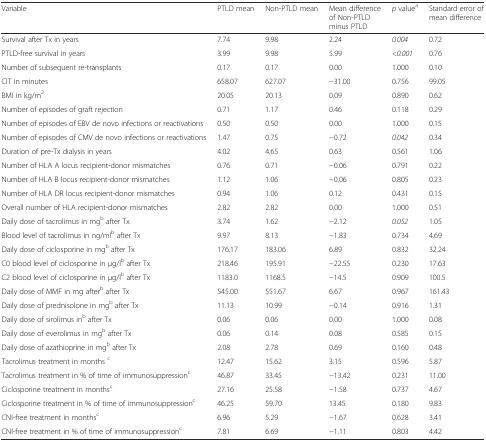
<table><thead><tr><td><b>Variable</b></td><td><b>PTLD mean</b></td><td><b>Non-PTLD mean</b></td><td><b>Mean difference of Non-PTLD minus PTLD</b></td><td><b><i>p</i> value<sup>a</sup></b></td><td><b>Standard error of mean difference</b></td></tr></thead><tbody><tr><td>Survival after Tx in years</td><td>7.74</td><td>9.98</td><td>2.24</td><td><i>0.004</i></td><td>0.72</td></tr><tr><td>PTLD-free survival in years</td><td>3.99</td><td>9.98</td><td>5.99</td><td><i>&lt;0.001</i></td><td>0.76</td></tr><tr><td>Number of subsequent re-transplants</td><td>0.17</td><td>0.17</td><td>0.00</td><td>1.000</td><td>0.10</td></tr><tr><td>CIT in minutes</td><td>658.07</td><td>627.07</td><td>−31.00</td><td>0.756</td><td>99.05</td></tr><tr><td>BMI in kg/m<sup>2</sup></td><td>20.05</td><td>20.13</td><td>0.09</td><td>0.890</td><td>0.62</td></tr><tr><td>Number of episodes of graft rejection</td><td>0.71</td><td>1.17</td><td>0.46</td><td>0.118</td><td>0.29</td></tr><tr><td>Number of episodes of EBV de novo infections or reactivations</td><td>0.50</td><td>0.50</td><td>0.00</td><td>1.000</td><td>0.15</td></tr><tr><td>Number of episodes of CMV de novo infections or reactivations</td><td>1.47</td><td>0.75</td><td>−0.72</td><td><i>0.042</i></td><td>0.34</td></tr><tr><td>Duration of pre-Tx dialysis in years</td><td>4.02</td><td>4.65</td><td>0.63</td><td>0.561</td><td>1.06</td></tr><tr><td>Number of HLA A locus recipient-donor mismatches</td><td>0.76</td><td>0.71</td><td>−0.06</td><td>0.791</td><td>0.22</td></tr><tr><td>Number of HLA B locus recipient-donor mismatches</td><td>1.12</td><td>1.06</td><td>−0.06</td><td>0.805</td><td>0.23</td></tr><tr><td>Number of HLA DR locus recipient-donor mismatches</td><td>0.94</td><td>1.06</td><td>0.12</td><td>0.431</td><td>0.15</td></tr><tr><td>Overall number of HLA recipient-donor mismatches</td><td>2.82</td><td>2.82</td><td>0.00</td><td>1.000</td><td>0.51</td></tr><tr><td>Daily dose of tacrolimus in mg<sup>b</sup> after Tx</td><td>3.74</td><td>1.62</td><td>−2.12</td><td><i>0.052</i></td><td>1.05</td></tr><tr><td>Blood level of tacrolimus in ng/ml<sup>b</sup> after Tx</td><td>9.97</td><td>8.13</td><td>−1.83</td><td>0.734</td><td>4.69</td></tr><tr><td>Daily dose of ciclosporine in mg<sup>b</sup> after Tx</td><td>176.17</td><td>183.06</td><td>6.89</td><td>0.832</td><td>32.24</td></tr><tr><td>C0 blood level of ciclosporine in μg/l<sup>b</sup> after Tx</td><td>218.46</td><td>195.91</td><td>−22.55</td><td>0.230</td><td>17.63</td></tr><tr><td>C2 blood level of ciclosporine in μg/l<sup>b</sup> after Tx</td><td>1183.0</td><td>1168.5</td><td>−14.5</td><td>0.909</td><td>100.5</td></tr><tr><td>Daily dose of MMF in mg after<sup>b</sup> after Tx</td><td>545.00</td><td>551.67</td><td>6.67</td><td>0.967</td><td>161.43</td></tr><tr><td>Daily dose of prednisolone in mg<sup>b</sup> after Tx</td><td>11.13</td><td>10.99</td><td>−0.14</td><td>0.916</td><td>1.31</td></tr><tr><td>Daily dose of sirolimus in<sup>b</sup> after Tx</td><td>0.06</td><td>0.06</td><td>0.00</td><td>1.000</td><td>0.08</td></tr><tr><td>Daily dose of everolimus in mg<sup>b</sup> after Tx</td><td>0.06</td><td>0.14</td><td>0.08</td><td>0.585</td><td>0.15</td></tr><tr><td>Daily dose of azathioprine in mg<sup>b</sup> after Tx</td><td>2.08</td><td>2.78</td><td>0.69</td><td>0.160</td><td>0.48</td></tr><tr><td>Tacrolimus treatment in months <sup>c</sup></td><td>12.47</td><td>15.62</td><td>3.15</td><td>0.596</td><td>5.87</td></tr><tr><td>Tacrolimus treatment in % of time of immunosuppression<sup>c</sup></td><td>46.87</td><td>33.45</td><td>−13.42</td><td>0.231</td><td>11.00</td></tr><tr><td>Ciclosporine treatment in months<sup>c</sup></td><td>27.16</td><td>25.58</td><td>−1.58</td><td>0.737</td><td>4.67</td></tr><tr><td>Ciclosporine treatment in % of time of immunosuppression<sup>c</sup></td><td>46.25</td><td>59.70</td><td>13.45</td><td>0.180</td><td>9.83</td></tr><tr><td>CNI-free treatment in months<sup>c</sup></td><td>6.96</td><td>5.29</td><td>−1.67</td><td>0.628</td><td>3.41</td></tr><tr><td>CNI-free treatment in % of time of immunosuppression<sup>c</sup></td><td>7.81</td><td>6.69</td><td>−1.11</td><td>0.803</td><td>4.42</td></tr></tbody></table>